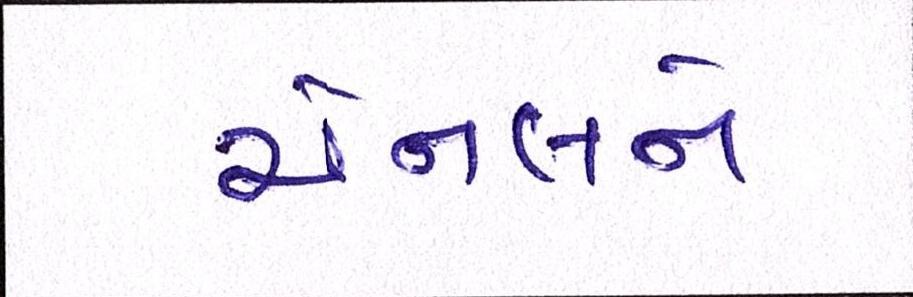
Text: ચેનલને